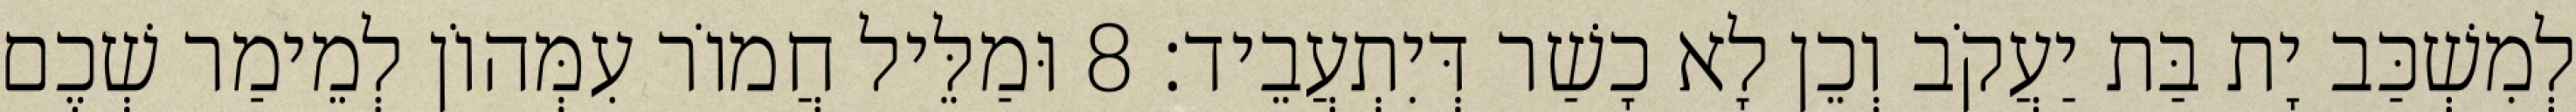
לְמִשְׁכַּב יָת בַּת יַעֲקֹב וְכֵן לָא כָשַׁר דְּיִתְעֲבֵיד׃ 8 וּמַלֵּיל חֲמוֹר עִמְּהוֹן לְמֵימַר שְׁכֶם